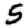
Digit: 5